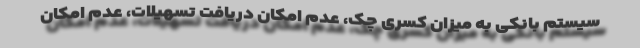
سیستم بانکی به میزان کسری چک، عدم امکان دریافت تسهیلات، عدم امکان